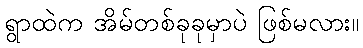
ရွာထဲက အိမ်တစ်ခုခုမှာပဲ ဖြစ်မလား။